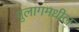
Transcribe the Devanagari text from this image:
गुलागमधील